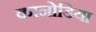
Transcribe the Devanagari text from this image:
कानोडिया